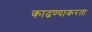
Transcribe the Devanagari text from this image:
काढण्याकरता